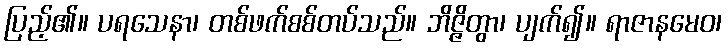
ပြည့်၏။ ပရသေနာ၊ တစ်ဖက်စစ်တပ်သည်။ ဘိဇ္ဇိတွာ၊ ပျက်၍။ ရာဇာနမေဝ၊